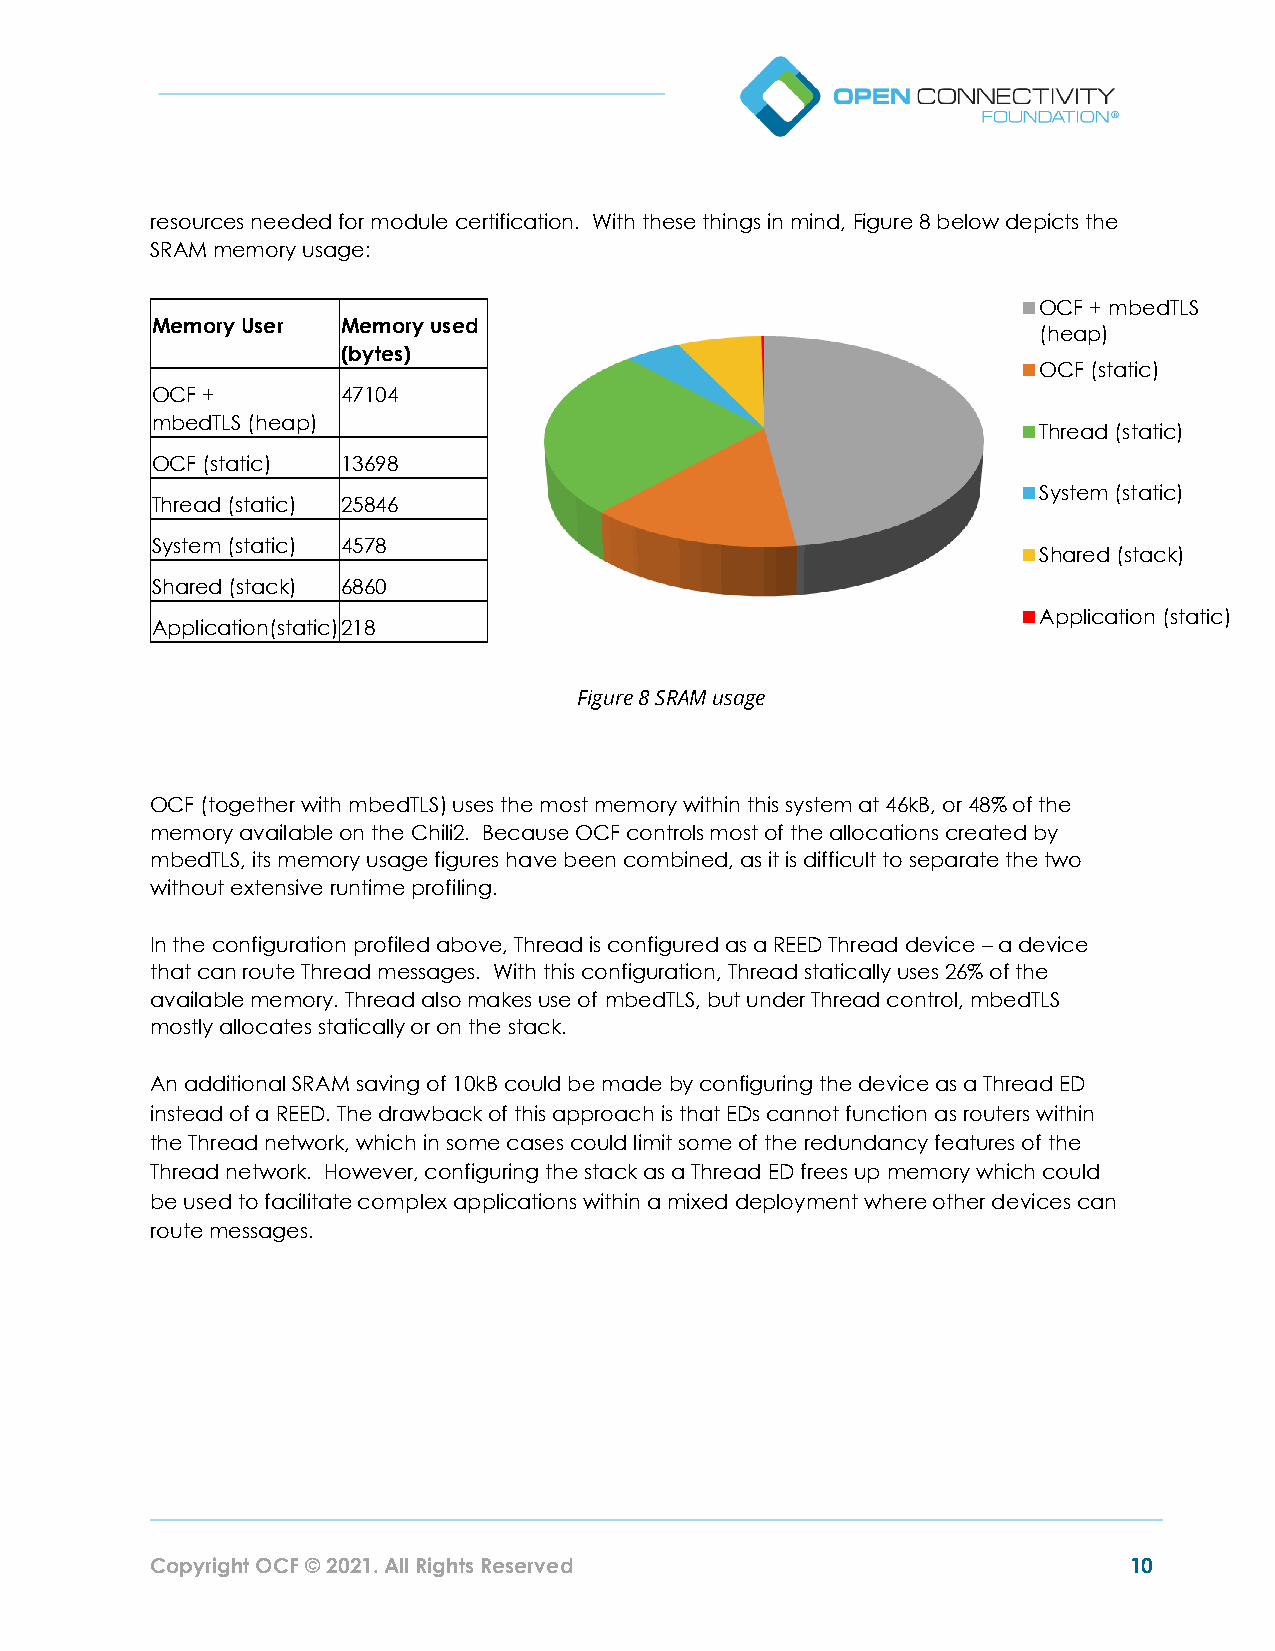
resources needed for module certification. With these things in mind, Figure 8 below depicts the
 SRAM memory usage:
 OCF + mbedTLS
 Memory User  Memory used
 (heap)
 (bytes)
 OCF (static)
 OCF +        47104
 mbedTLS (heap)
 Thread (static)
 OCF (static) 13698
 System (static)
 Thread (static) 25846
 System (static) 4578
 Shared (stack)
 Shared (stack) 6860
 Application (static)
 Application(static) 218
 Figure 8 SRAM usage
 OCF (together with mbedTLS) uses the most memory within this system at 46kB, or 48% of the
 memory available on the Chili2. Because OCF controls most of the allocations created by
 mbedTLS, its memory usage figures have been combined, as it is difficult to separate the two
 without extensive runtime profiling.
 In the configuration profiled above, Thread is configured as a REED Thread device – a device
 that can route Thread messages. With this configuration, Thread statically uses 26% of the
 available memory. Thread also makes use of mbedTLS, but under Thread control, mbedTLS
 mostly allocates statically or on the stack.
 An additional SRAM saving of 10kB could be made by configuring the device as a Thread ED
 instead of a REED. The drawback of this approach is that EDs cannot function as routers within
 the Thread network, which in some cases could limit some of the redundancy features of the
 Thread network. However, configuring the stack as a Thread ED frees up memory which could
 be used to facilitate complex applications within a mixed deployment where other devices can
 route messages.
 Copyright OCF © 2021. All Rights Reserved                        10